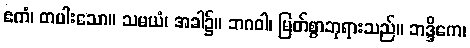
ဧကံ၊ တပါးသော။ သမယံ၊ အခါ၌။ ဘဂဝါ၊ မြတ်စွာဘုရားသည်။ ဘဒ္ဒိကေ၊